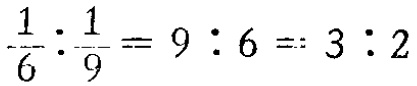
$\frac{1}{6}:\frac{1}{9}=9:6 = 3:2$